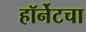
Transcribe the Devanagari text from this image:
हॉर्नेटचा